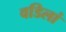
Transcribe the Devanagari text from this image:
वडिलां